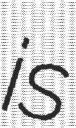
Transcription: is